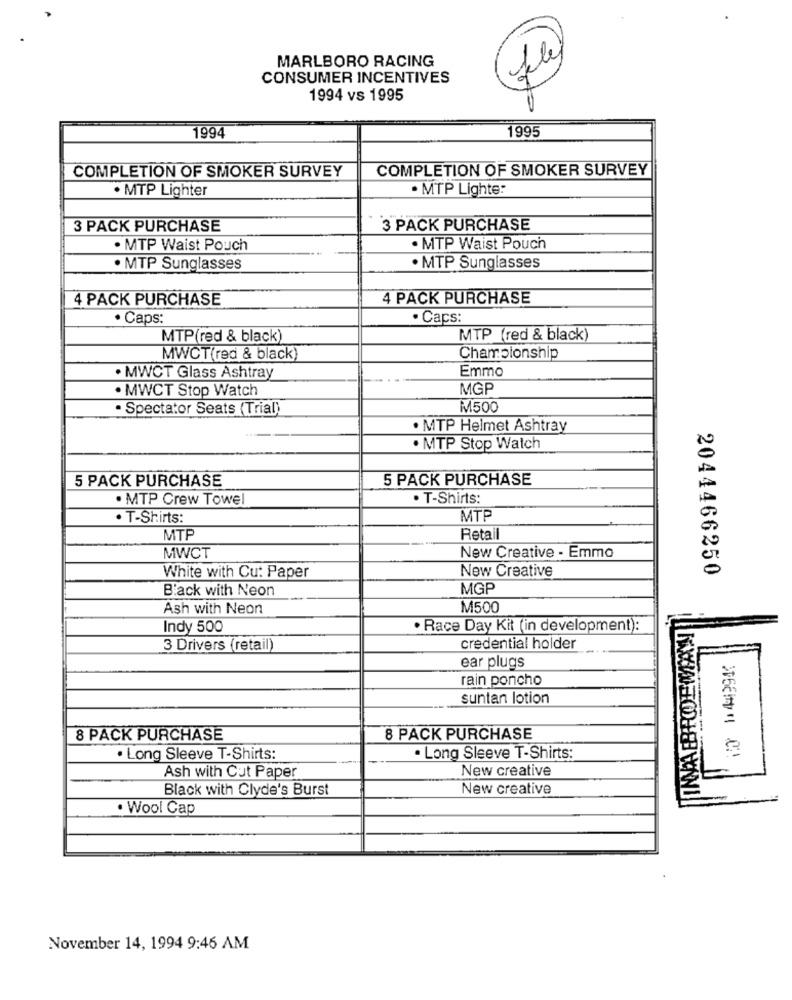
MARLBORO RACING
CONSUMER INCENTIVES
file
1994 vs 1995
1995
1994
COMPLETION OF SMOKER SURVEY
COMPLETION OF SMOKER SURVEY
. MTP Lighter
· MTP Lighte:
3 PACK PURCHASE
3 PACK PURCHASE
. MTP Waist Pouch
. MTP Waist Pouch
. MTP Sunglasses
· MTP Sunglasses
4 PACK PURCHASE
4 PACK PURCHASE
· Caps:
. Caps:
MTP(red & black)
MTP (red & black)
MWCT(red & black)
Championship
Emmo
· MWCT Glass Ashtray
. MWCT Stop Watch
MGP
· Spectator Seats (Trial)
M500
. MTP Helmet Ashtray
. MTP Stop Watch
5 PACK PURCHASE
5 PACK PURCHASE
. MTP Crew Towel
. T-Shirts:
. T-Shirts:
MTP
MTP
Retail
MWCT
New Creative - Emmo
New Creative
2044466250
White with Cu: Paper
Black with Neon
MGP
Ash with Neon
M500
I INVA ERRODE MAL
Indy 500
· Race Day Kit (in development):
3 Drivers (retail)
credential holder
ear plugs
rain poncho
suntan lotion
8 PACK PURCHASE
8 PACK PURCHASE
. Long Sleeve T-Shirts:
. Long Sleeve T-Shirts:
Ash with Cut Paper
New creative
Black with Clyde's Burst
New creative
· Wool Cap
November 14, 1994 9:46 AM